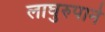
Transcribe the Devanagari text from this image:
लाघुरुपाने